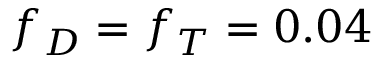
f _ { D } = f _ { T } = 0 . 0 4